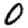
Digit: 0